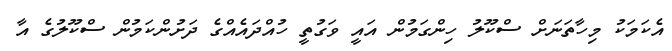
އެކަމަކު މިހާތަނަށް ސްކޫލު ހިންގަމުން އައީ ވަގުތީ ހުއްދައެއްގެ ދަށުންކަމުން ސްކޫލުގެ އާ